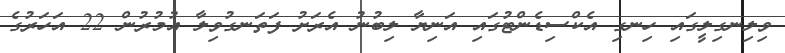
ވިލިނގިލީގައި ހިނގި އެކްސިޑެންޓުގައި އަނިޔާ ލިބުނު އެރަށު ފަތަނގުވިލާ އުމުރުން 22 އަހަރުގެ